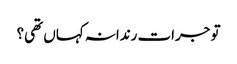
تو جرات رندانہ کہاں تھی؟